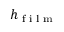
h _ { \textrm { f i l m } }